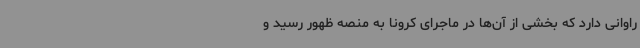
راوانی دارد که بخشی از آن‌ها در ماجرای کرونا به منصه ظهور رسید و